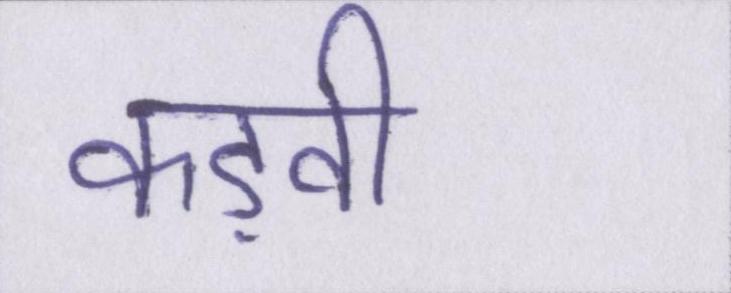
कड़वी